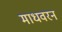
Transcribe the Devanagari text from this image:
माधवरन